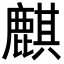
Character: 麒